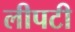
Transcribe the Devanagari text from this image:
लीपटी